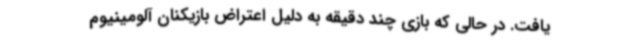
یافت. در حالی که بازی چند دقیقه به دلیل اعتراض بازیکنان آلومینیوم